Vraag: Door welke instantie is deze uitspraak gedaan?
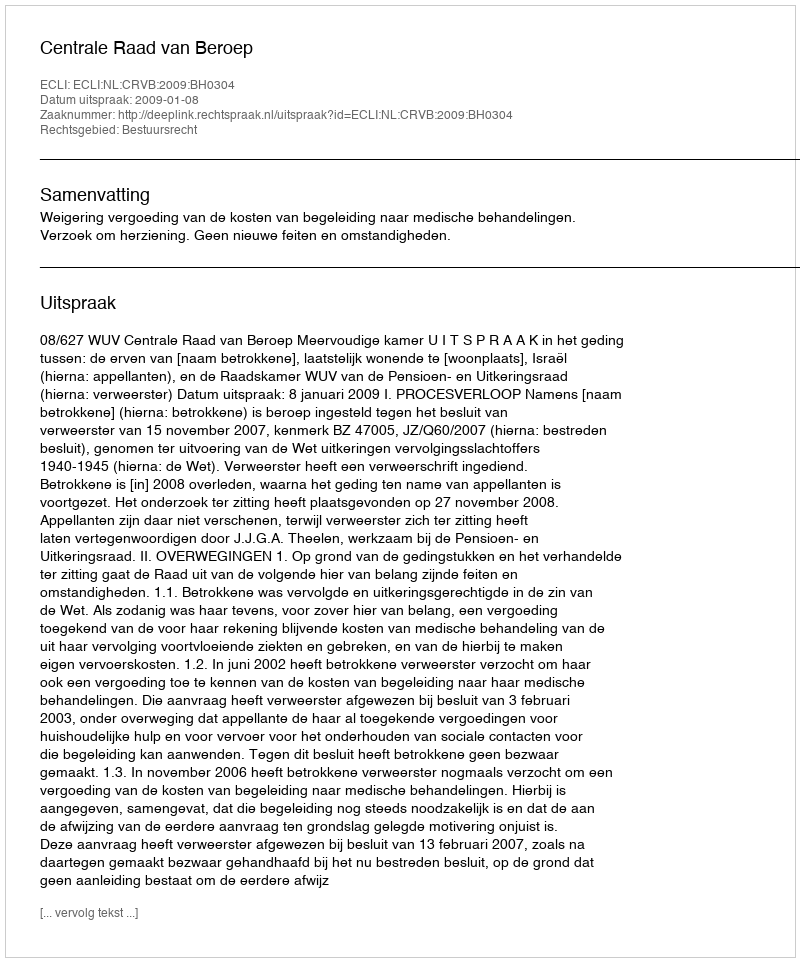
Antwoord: Centrale Raad van Beroep